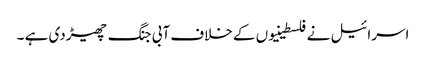
اسرائیل نے فلسطینیوں کے خلاف آبی جنگ چھیڑدی ہے ۔